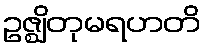
ဥဇ္ဈိတုမရဟတိ